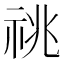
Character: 祧